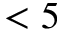
< 5